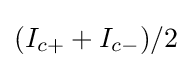
(I_{c+}+I_{c-})/2